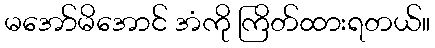
မအော်မိအောင် အံကို ကြိတ်ထားရတယ်။